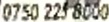
0750 225 8000